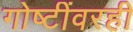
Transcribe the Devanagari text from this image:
गोष्टींवरही